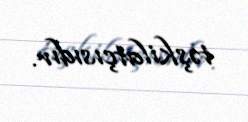
təşkilatçısıdır.